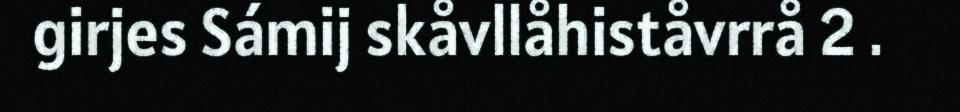
girjes Sámij skåvllåhiståvrrå 2 .